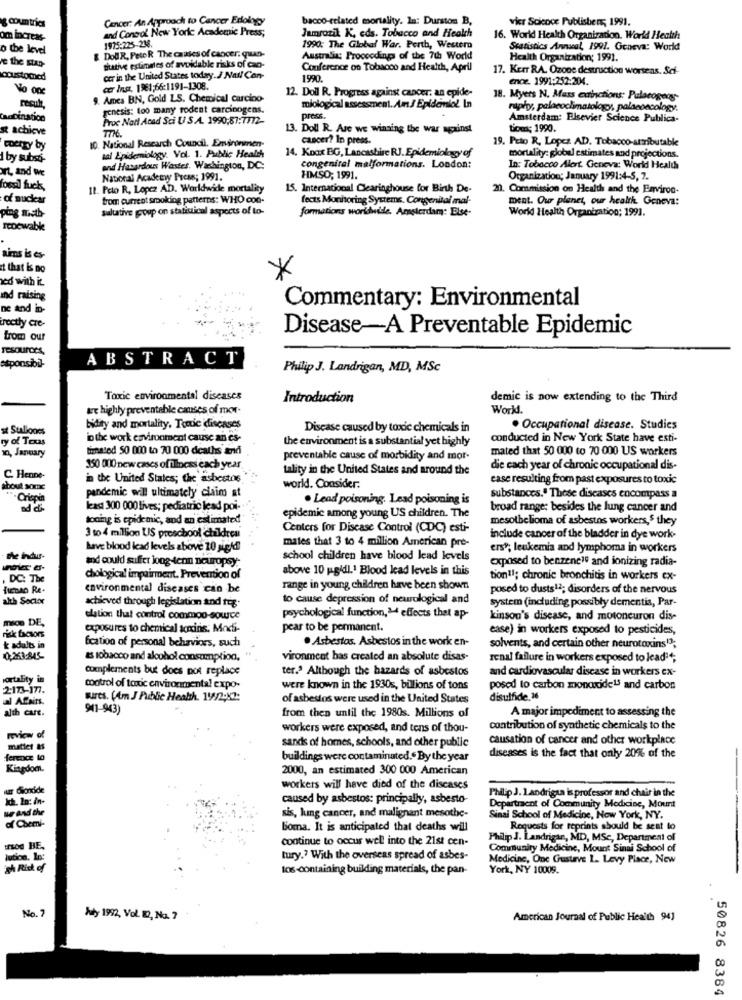
countries
Cancer: An Approach to Cancer Etiology
bacco-related mortality. In: Durstom B,
vier Science Publishers; 1991.
and Congol New Yorke Academic Press;
Jamrozik K, eds. Tobacco and Health
om increas-
1975:225-238.
16. World Health Organization. World Health
o the level
& DoUR, FetoR The causes of cancer. quan-
1990: The Global War. Perth, Western
Statistics Annual, 1991. Geneva: World
e the stan-
Australia: Proceedings of the 7th World
Health Organization; 1991.
tuative estimates of avoidable risks of cao-
Conference on Tobacco and Health, April
17. Kerr RA. Ozone destruction worsens. Sci-
coustomicd
cer in the United States today.J Nail Con-
1990.
ence. 1991:252:204.
No one
cer Inst. 1981;66:1191-1308.
12. Doll R. Progress against cancer, an epide-
9. Ames BN, Gold LS. Chemical carcino-
18. Myers N. Mass cainctions: Palacogoog-
recult
genesis: too many rodent carcinogens.
miological assessment. Am J Epidemiol In
raphy, polacoclimatology, palaeoecology.
aDination
Proc Natl Acad Sci U .S.A. 1990,87:7772-
press.
Amsterdam: Elsevier Science Publica-
achieve
13. Doll R. Are we winning the war against
tions; 1990.
10. National Research Council. Environunen-
cancer? In press.
19. Peto R, Lopez AD. Tobacco-attributable
coerty by
14. Koax BG, Lancashire RJ. Epidemiology of
I by subst-
tal Epidemiology. Vol. 1. Public Health
mortality: global estimates and projections.
rt, and we
and Hazardous Wastes. Washington, DC:
congenital malformations. London:
In: Tobacco Alert. Geneva: World Healths
National Academy Press; 1991.
HMSO; 1991.
Organization; January 1991:4-5, 7.
fossil fuck,
Il. Pelo R, Lopez AD. Worldwide mortality
15. Internacional Clearinghouse for Birth De-
20. Commission on Health and the Environ-
of nuclear
from current smoking patterns: WHO coo-
fects Monitoring Systems. Congenital mal-
ment. Our planet, our health. Geneva:
saltative goup on statistical aspects of to-
formations worldwide, Amsterdam: Else-
World Health Organization; 1991.
ping meth-
renewable
aims is es-
t that is no
ed with it
*
Ind raising
Commentary: Environmental
nc and in-
rectly cre-
Disease-A Preventable Epidemic
from our
resources,
ABSTRACT
esponsibil-
Philip J. Landrigan, MD, MSc
Toxic environmental discases
Introduction
demic is now extending to the Third
we highly preventable causes of mor.
World.
st Stallones
bidity and mortality. Tonic diseases
Disease caused by toxic chemicals in
. Occupational disease. Studies
ty of Texas
in the work environment cause an es-
the environment is a substantial yet highly
conducted in New York State have esti-
timated 50 000 to 70 000 deaths and
mated that 50 000 to 70 000 US workers
10, January
preventable cause of morbidity and mor-
350 000 new cases of illness each year
tality in the United States and around the
die cach year of chronic occupational dis-
C. Henne-
in the United States; the asbestos
case resulting from past exposures to toxic
about some
world. Consider.
Crispin
pandemic wil ultimately claim at
. Lead poisoning. Lead poisoning is
substances." These diseases encompass a
least 300 000 lives; pediatric lead poi-
broad range: besides the lung cancer and
toning is epidemic, and an estimated
epidemic among young US children. The
mesothelioma of asbestos workers,$ they
Centers for Disease Control (CDC) esti-
3 to 4 million US preschool children
males that 3 to 4 million American pro-
include cancer of the bladder in dye work-
Lave blood lead levels above 10 gigid
ers"; leukemia and lymphoma in workers
the indur-
and could suffer long-denn neuropsy-
school children have blood lead levels
exposed to benzene"" and ionizing radia-
above 10 pgidl.1 Blood lead levels in this
DC: The
chiological impairment. Prevention of
tion11; chronic bronchitis in workers ex-
fuenao Re-
environmental diseases can be
range in young children have been shown
posed to dusts11; disorders of the nervous
alth Socioxx
achieved through legislation and teg.
to cause depression of neurological and
system (including possibly dementia, Par-
mic DE,
elation that control common-sowce
psychological function,> effects that ap-
kinson's disease, and motoneuron dis-
exposures to chemical toxins. Modi-
pear to be permanent.
ease) in workers exposed to pesticides,
risk factors
fcation of personal behaviors, such
. Asbestos. Asbestos in the work en-
k adults in
solvents, and certain other neurotoxins"3;
0,253-845-
as tobacco and alcohol consumption,
vironment has created an absolute disas-
renal failure in workers exposed to lead **;
axnplements but does not replace
ter." Although the hazards of asbestos
and cardiovascular disease in workers ex-
ortality in
2:173-177.
control of toxic environmental expo-
were known in the 1930s, billions of tons
posed to carbon monoxide13 and carbon
al Afaits.
wires. (Am J Public Health. 11/2;X2:
of asbestos were used in the United States
disulfide.16
alth cart.
941-943)
from then until the 1980s. Millions of
A major impediment to assessing the
workers were exposed, and tens of thou-
contribution of synthetic chemicals to the
review of
causation of cancer and other workplace
matlet &S
sands of homes, schools, and other public
ference to
buildings were contaminated. By the year
diseases is the fact that only 20% of the
Kingdom.
2000, an estimated 300 000 American
HET Gonide
workers will have died of the discases
Ich. In: in-
caused by asbestos: principally, asbesto-
Philip J. 1andrigaa is professor and chair in the
we and the
Departracnt of Community Medicine, Mount
sis, lung cancer, and malignant mesothe-
Sinal School of Medicine, New York, NY.
af Chemi-
boma. It is anticipated that deaths will
Requests for reprints should be sent to
Continue to occur well into the 21st cen-
Philip J. Landrigar, MD, MSc, Department of
nos BE.
Community Medicine, Mount Sinai School of
tury .? With the overseas spread of asbes-
Medicine, One Gustave 1. Levy Place, New
tos-containing building materials, the pan-
York, NY 10009.
No. 7
hy 1992, Vol. D, Na. 7
American Journal of Public Health 941
50826 8384